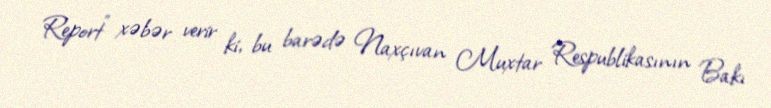
Report" xəbər verir ki, bu barədə Naxçıvan Muxtar Respublikasının Bakı